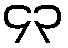
၄၃